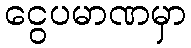
ငွေပမာဏမှာ